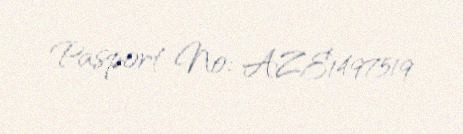
Pasport №: AZE1497519